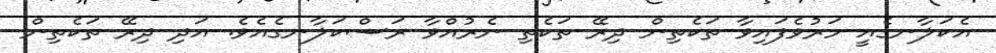
އެކަލާނގެއީ މަރުވެފައިވާ ތަކެތިން ދިރޭ ތަކެތި ނެރުއްވާ ރަސްކަލާނގެއެވެ. އަދި ދިރޭ ތަކެތިން